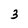
Character: 3